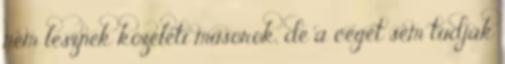
nem lesznek közéleti műsorok, de a céget sem tudják